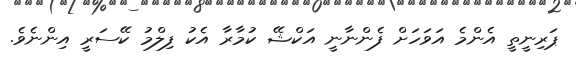
ޕަރިނީތީ އެންމެ އަވަހަށް ފެންނާނީ އަކްޝޭ ކުމާރާ އެކު ފިލްމު ކޭސަރީ އިންނެވެ.